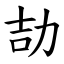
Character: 劼